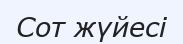
Сот жүйесі